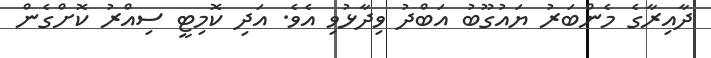
ދާއިރާގެ މެންބަރު ޔައުގޫބު އަބްދު ވިދާޅުވި އެވެ. އަދި ކޮމިޓީ ސިއްރު ކޮށްގެން